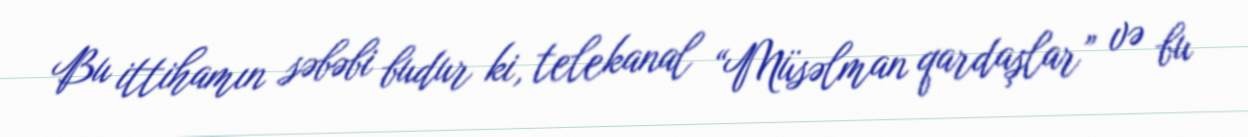
Bu ittihamın səbəbi budur ki, telekanal “Müsəlman qardaşlar” və bu